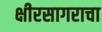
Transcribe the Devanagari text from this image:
क्षीरसागराचा